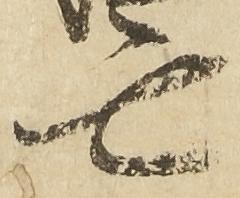
亡